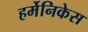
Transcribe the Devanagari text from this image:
हर्मेनिकेस